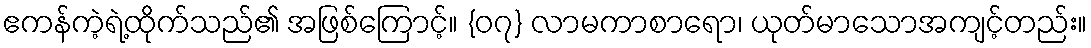
ဧကန်ကဲ့ရဲ့ထိုက်သည်၏ အဖြစ်ကြောင့်။ {၀၇} လာမကာစာရော၊ ယုတ်မာသောအကျင့်တည်း။